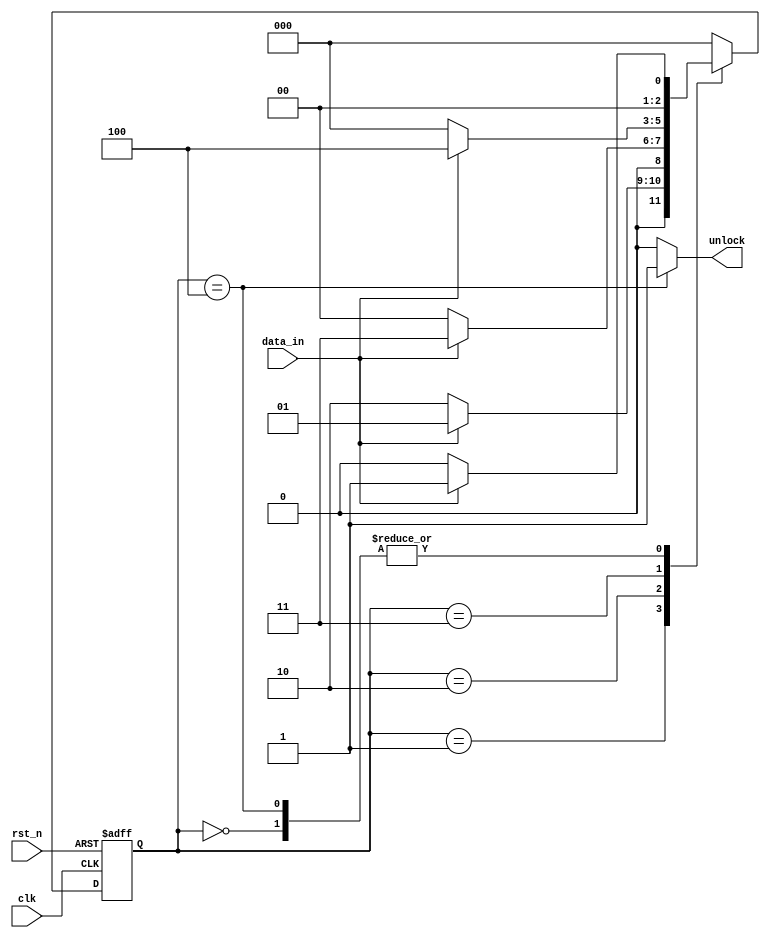
module lock_FSM (
  
  input wire data_in,
  input wire clk,
  input wire rst_n,
  output reg unlock);
  
  reg [2:0] pstate,nstate;
  parameter [2:0] idle = 3'b000,
                  state1 = 3'b001,
                  state10 = 3'b010,
                  state101 =3'b011,
                  state1011 = 3'b100;
  
  always@ (*)
    begin: NSOL
      begin: NSL
        case (pstate)
          
          idle: if(data_in) nstate= state1;
            else nstate= idle;
          
          state1: if(data_in) nstate= state1;
            else nstate= state10;
              
          state10: if(data_in) nstate= state101;
          else nstate= idle;
          
          state101: if(data_in) nstate= state1011;
          else nstate= idle;
          
          state1011: if(data_in) nstate= state1;
          else nstate= idle;
          
          default: nstate= idle;
          
        endcase
      end                                                                                                                                                                                                    
      begin: OL
        
        case(pstate)
          idle: unlock= 0;
          state1: unlock= 0;
          state10: unlock= 0;
          state101: unlock= 0;
          state1011: unlock= 1;
          
          default: unlock= 0;
        endcase
      end
    end
  
  always@(posedge clk, negedge rst_n)
    begin: PSR
      if(!rst_n)
        pstate= idle;
      
      else
        
        pstate= nstate;
      
      end
endmodule